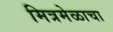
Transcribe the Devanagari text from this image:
मित्रमेळाचा